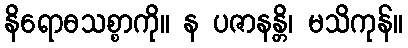
နိရောဓသစ္စာကို။ န ပဇာနန္တိ၊ မသိကုန်။